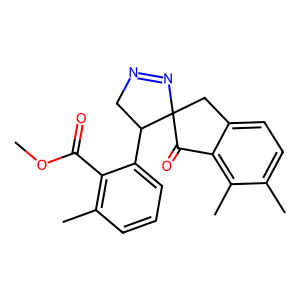
SMILES: COC(=O)c1c(C)cccc1C1CN=NC12Cc1ccc(C)c(C)c1C2=O
Inhibits HIV replication: No